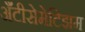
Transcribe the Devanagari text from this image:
अँटीसेमेटिझम